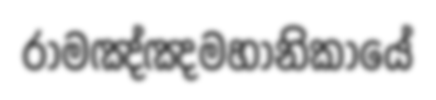
රාමඤ්ඤමහානිකායේ